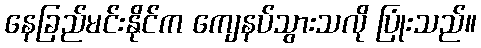
နေခြည်မင်းနိုင်က ကျေနပ်သွားသလို ပြုံးသည်။